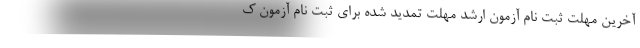
آخرین مهلت ثبت نام آزمون ارشد مهلت تمدید شده برای ثبت نام آزمون ک